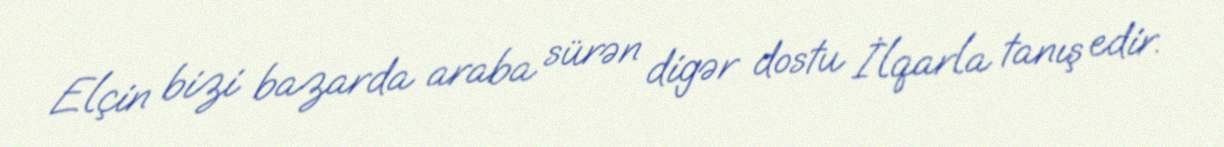
Elçin bizi bazarda araba sürən digər dostu İlqarla tanış edir.